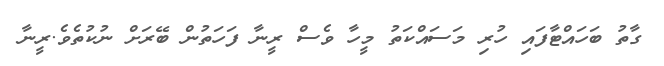
ގާތު ބަހައްޓާފައި ހުރި މަސައްކަތު މީހާ ވެސް ރީނާ ފަހަތުން ބޭރަށް ނުކުތެވެ.ރީނާ